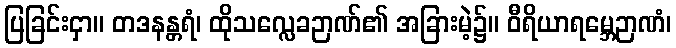
ပြခြင်းငှာ။ တဒနန္တရံ၊ ထိုသလ္လေခဉာဏ်၏ အခြားမဲ့၌။ ဝီရိယာရမ္ဘေဉာဏံ၊